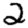
Digit: 2